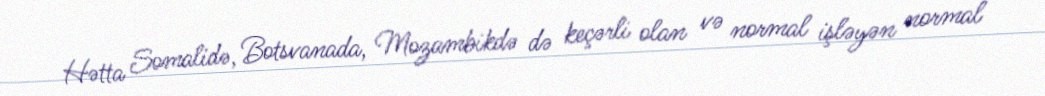
Hətta Somalidə, Botsvanada, Mozambikdə də keçərli olan və normal işləyən normal